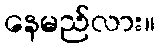
နေမည်လား။